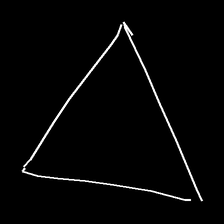
Glyph: convergence